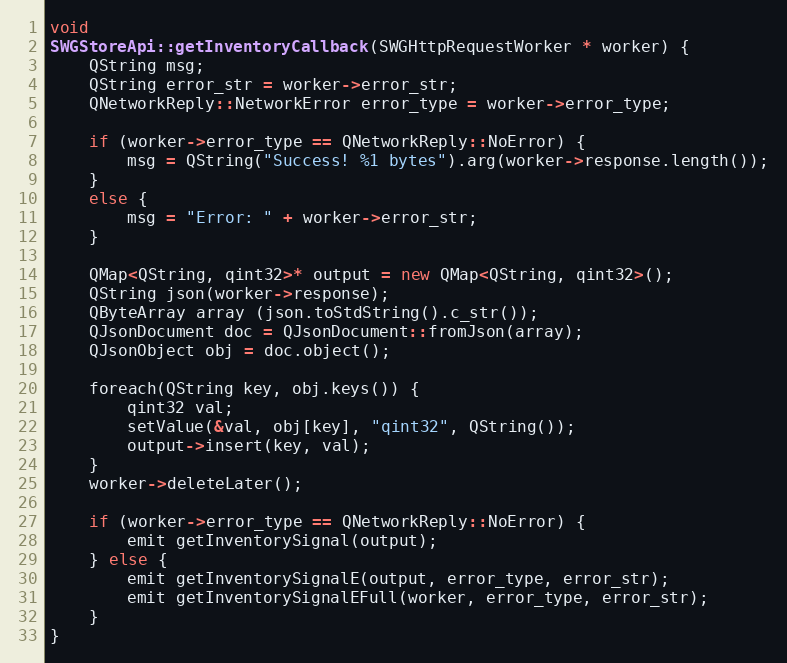
Language: C++
void
SWGStoreApi::getInventoryCallback(SWGHttpRequestWorker * worker) {
    QString msg;
    QString error_str = worker->error_str;
    QNetworkReply::NetworkError error_type = worker->error_type;

    if (worker->error_type == QNetworkReply::NoError) {
        msg = QString("Success! %1 bytes").arg(worker->response.length());
    }
    else {
        msg = "Error: " + worker->error_str;
    }

    QMap<QString, qint32>* output = new QMap<QString, qint32>();
    QString json(worker->response);
    QByteArray array (json.toStdString().c_str());
    QJsonDocument doc = QJsonDocument::fromJson(array);
    QJsonObject obj = doc.object();

    foreach(QString key, obj.keys()) {
        qint32 val;
        setValue(&val, obj[key], "qint32", QString());
        output->insert(key, val);
    }
    worker->deleteLater();

    if (worker->error_type == QNetworkReply::NoError) {
        emit getInventorySignal(output);
    } else {
        emit getInventorySignalE(output, error_type, error_str);
        emit getInventorySignalEFull(worker, error_type, error_str);
    }
}